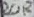
Text: 20R